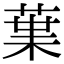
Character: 𮏩